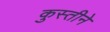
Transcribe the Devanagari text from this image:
कुस्तीने